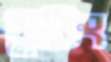
টুটিং